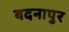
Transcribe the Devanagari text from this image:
बदनापुर